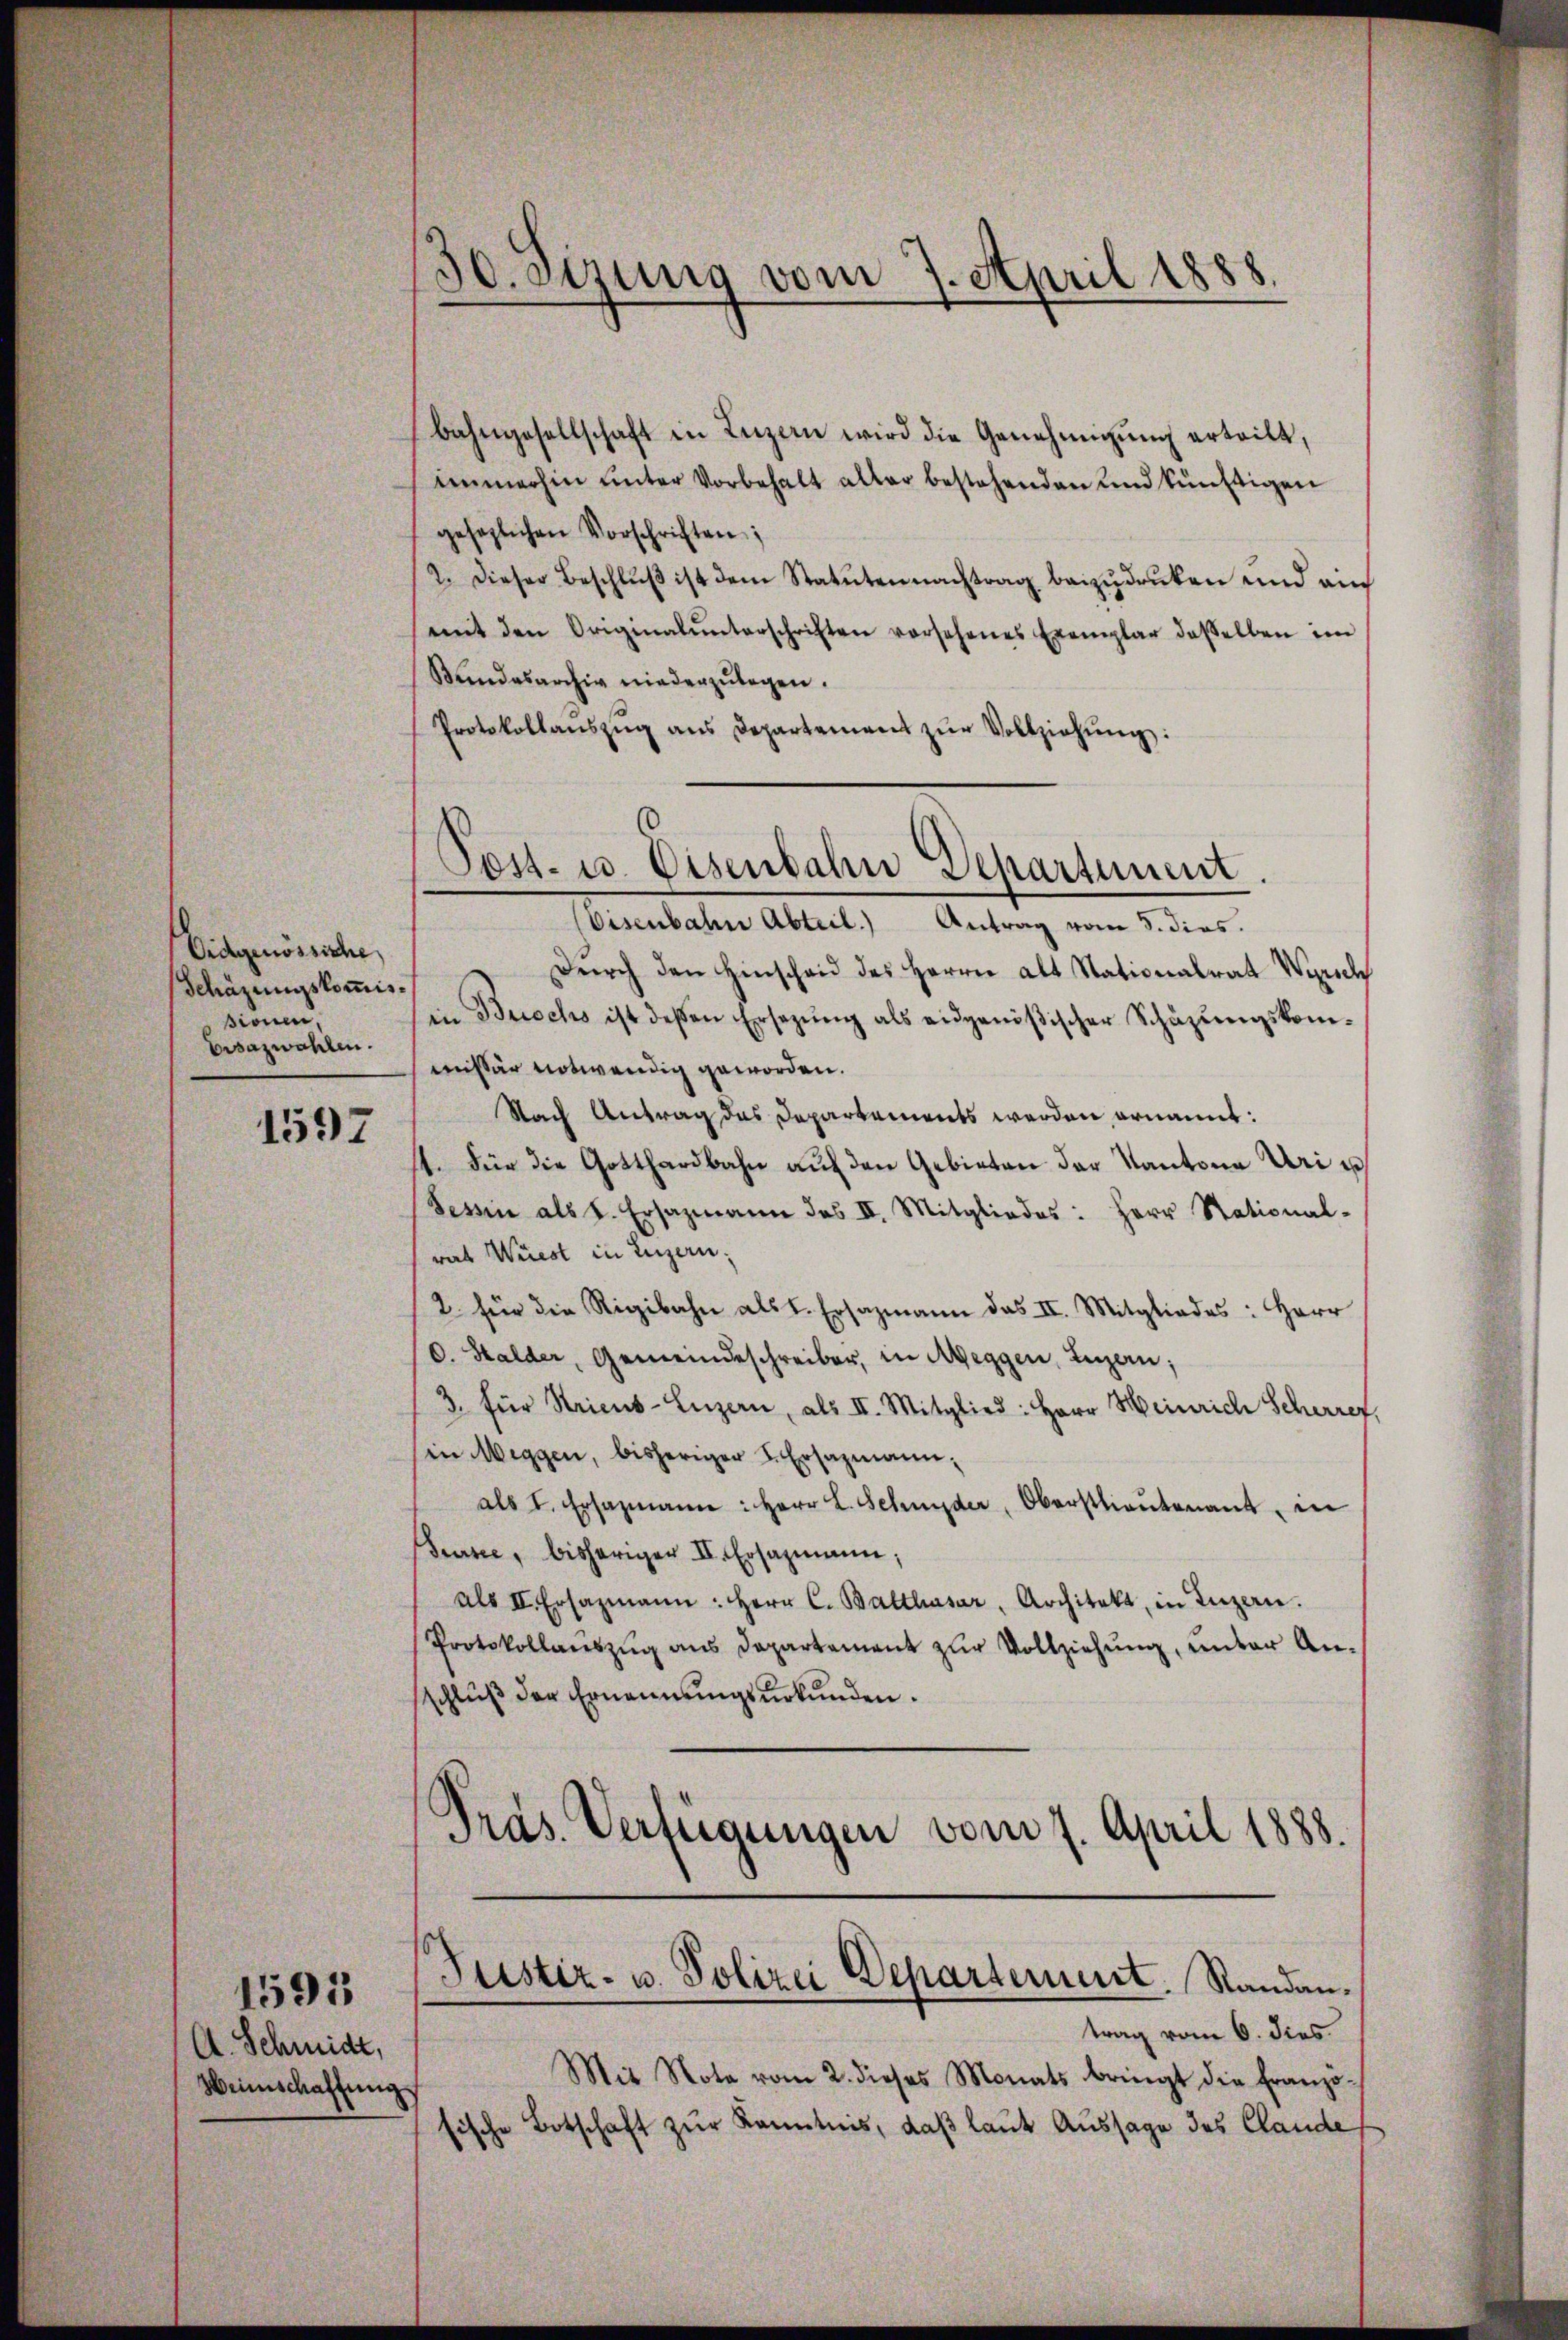
Eidgenössiche,
Schazungskommissionen,
Ersazwahlen.

1597

1591
A. Schmidt,
Weinschaffung

30. Sizung vom 7. April 1888.

bahngesellschaft in Luzern wird die Genehmigŭng erteilt,
immerhin unter Vorbehalt aller bestehenden und künftigen
gesezlichen Vorschriften;
2. Dieser Beschlŭβ ist dem Statuten nachtrag beizŭdrüken und ain
mit den Originalunterschriften versehenes Exemplar dasselben im
Bundesarchiv niederzŭlegen.
Protokollanszŭg ans Departement zŭr Vollziehŭng:

Eisenbahn Abteil.) Antrag vom 5. dies.
Dŭrch den Hinschaid des Herrn Alt Stationalrat Wunsch
in Buochs ist deßen Ersetzŭng als eidgenößischer Schäzŭngskommissär notwendig geworden.
Nach Antrag des Departements werden ernannt:
1. Für die Gotthardbahn aŭf den Gebieten der Kantone Uri u
Tessin als d. Ersazmann des III. Mitgliedes: Herr Stational-
was Wüest in Luzern:
2. für die Rigibahn als L. Ersazmann das II. Mitgliedes: Herr
O. Halder, Gemeindeschreiber, in Weggen, Luzern;
3. für Stricus-Luzern, als II. Mitglied: Herr Heinrich Scherrer,
in Meggen, bisheriger u. Ersazmann,
als I. Ersazmann: Herr L. Schnyder, Oberstlieutenant, in
Sursee, bisheriger III. Ersazmann,
als II. Ersazmann: Herr C. Balthasar, Architekt, in Luzern.
Protokollaŭszŭg aŭs Departament zŭr Vollziehŭng ŭnter An-
schlŭβ der Ernennungsurkunden.
Pras. Verfügungen vom 7. April 1888.

Pest- u. Eisenbahn Departement.

Justiz- u. Polizei Departement. Randantrag vom 6. dies

Mit Note vom 2. dieses Monats bringt die Franzosische Botschaft zur Kenntnis, daß laut Aussage des Claude